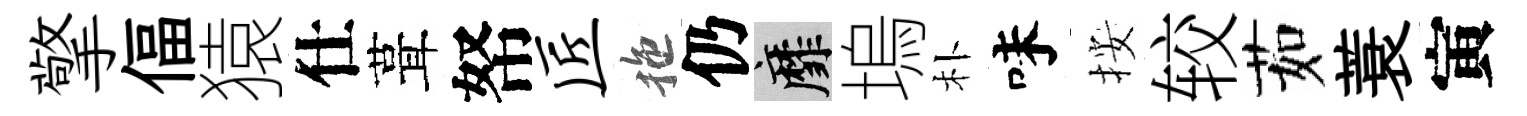
擎偪猿仕葺帑匠拖仍靡塢朴味按较茹蓑寅